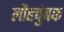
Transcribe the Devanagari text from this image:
लौहचुंबक